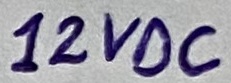
Text: 12VDC